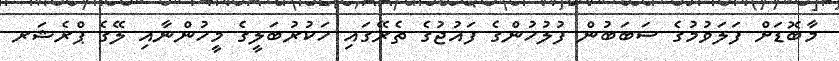
މާބޮޑަށް ފަލަވުމުގެ ސަބަބުން ފުލުހުންގެ ފައުޖުގެ ތެރޭގައި ހަކުރުބަލީގެ މީހުންނާއި ލޭގެ ޕްރެޝަރ